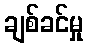
ချစ်ခင်မှု